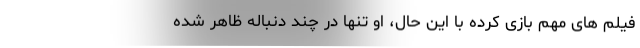
فیلم های مهم بازی کرده با این حال، او تنها در چند دنباله ظاهر شده